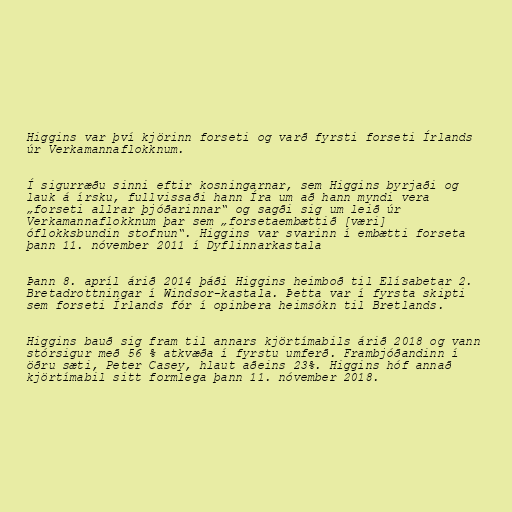
Higgins var því kjörinn forseti og varð fyrsti forseti Írlands
úr Verkamannaflokknum.

Í sigurræðu sinni eftir kosningarnar, sem Higgins byrjaði og
lauk á írsku, fullvissaði hann Íra um að hann myndi vera
„forseti allrar þjóðarinnar“ og sagði sig um leið úr
Verkamannaflokknum þar sem „forsetaembættið [væri]
óflokksbundin stofnun“. Higgins var svarinn í embætti forseta
þann 11. nóvember 2011 í Dyflinnarkastala

Þann 8. apríl árið 2014 þáði Higgins heimboð til Elísabetar 2.
Bretadrottningar í Windsor-kastala. Þetta var í fyrsta skipti
sem forseti Írlands fór í opinbera heimsókn til Bretlands.

Higgins bauð sig fram til annars kjörtímabils árið 2018 og vann
stórsigur með 56 % atkvæða í fyrstu umferð. Frambjóðandinn í
öðru sæti, Peter Casey, hlaut aðeins 23%. Higgins hóf annað
kjörtímabil sitt formlega þann 11. nóvember 2018.